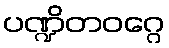
ပဏ္ဍိတဝဂ္ဂေ